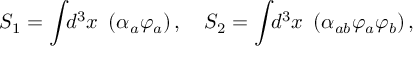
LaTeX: S _ { 1 } = \int \! \! d ^ { 3 } x ~ \left( \alpha _ { a } \varphi _ { a } \right) , \quad S _ { 2 } = \int \! \! d ^ { 3 } x ~ \left( \alpha _ { a b } \varphi _ { a } \varphi _ { b } \right) ,